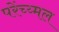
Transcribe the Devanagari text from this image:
परेंच्य्मल